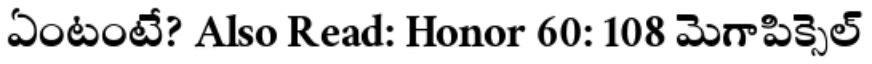
ఏంటంటే? Also Read: Honor 60: 108 మెగాపిక్సెల్